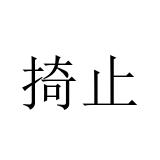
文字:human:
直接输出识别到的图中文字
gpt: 掎止